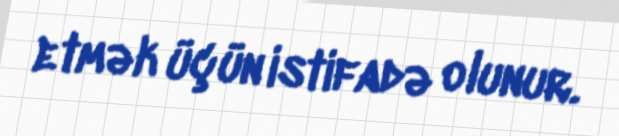
etmək üçün istifadə olunur.